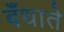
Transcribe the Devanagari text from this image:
बँधाते